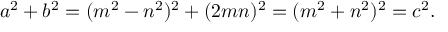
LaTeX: a ^ { 2 } + b ^ { 2 } = ( m ^ { 2 } - n ^ { 2 } ) ^ { 2 } + ( 2 m n ) ^ { 2 } = ( m ^ { 2 } + n ^ { 2 } ) ^ { 2 } = c ^ { 2 } .